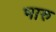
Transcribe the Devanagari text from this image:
भारु